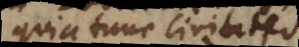
quia tunc civitates